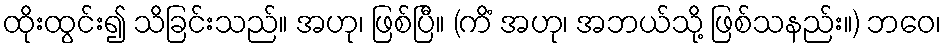
ထိုးထွင်း၍ သိခြင်းသည်။ အဟု၊ ဖြစ်ပြီ။ (ကိံ အဟု၊ အဘယ်သို့ ဖြစ်သနည်း။) ဘဝေ၊